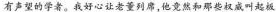
有声望的学者。我好心让老董列席，他竞然和那些权威叫起板